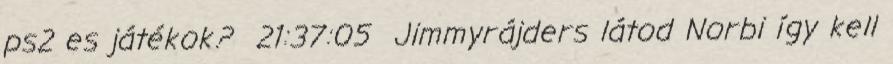
ps2 es játékok? 21:37:05 Jimmyrájders látod Norbi így kell